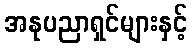
အနုပညာရှင်များနှင့်